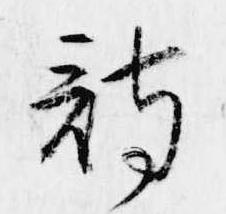
詩